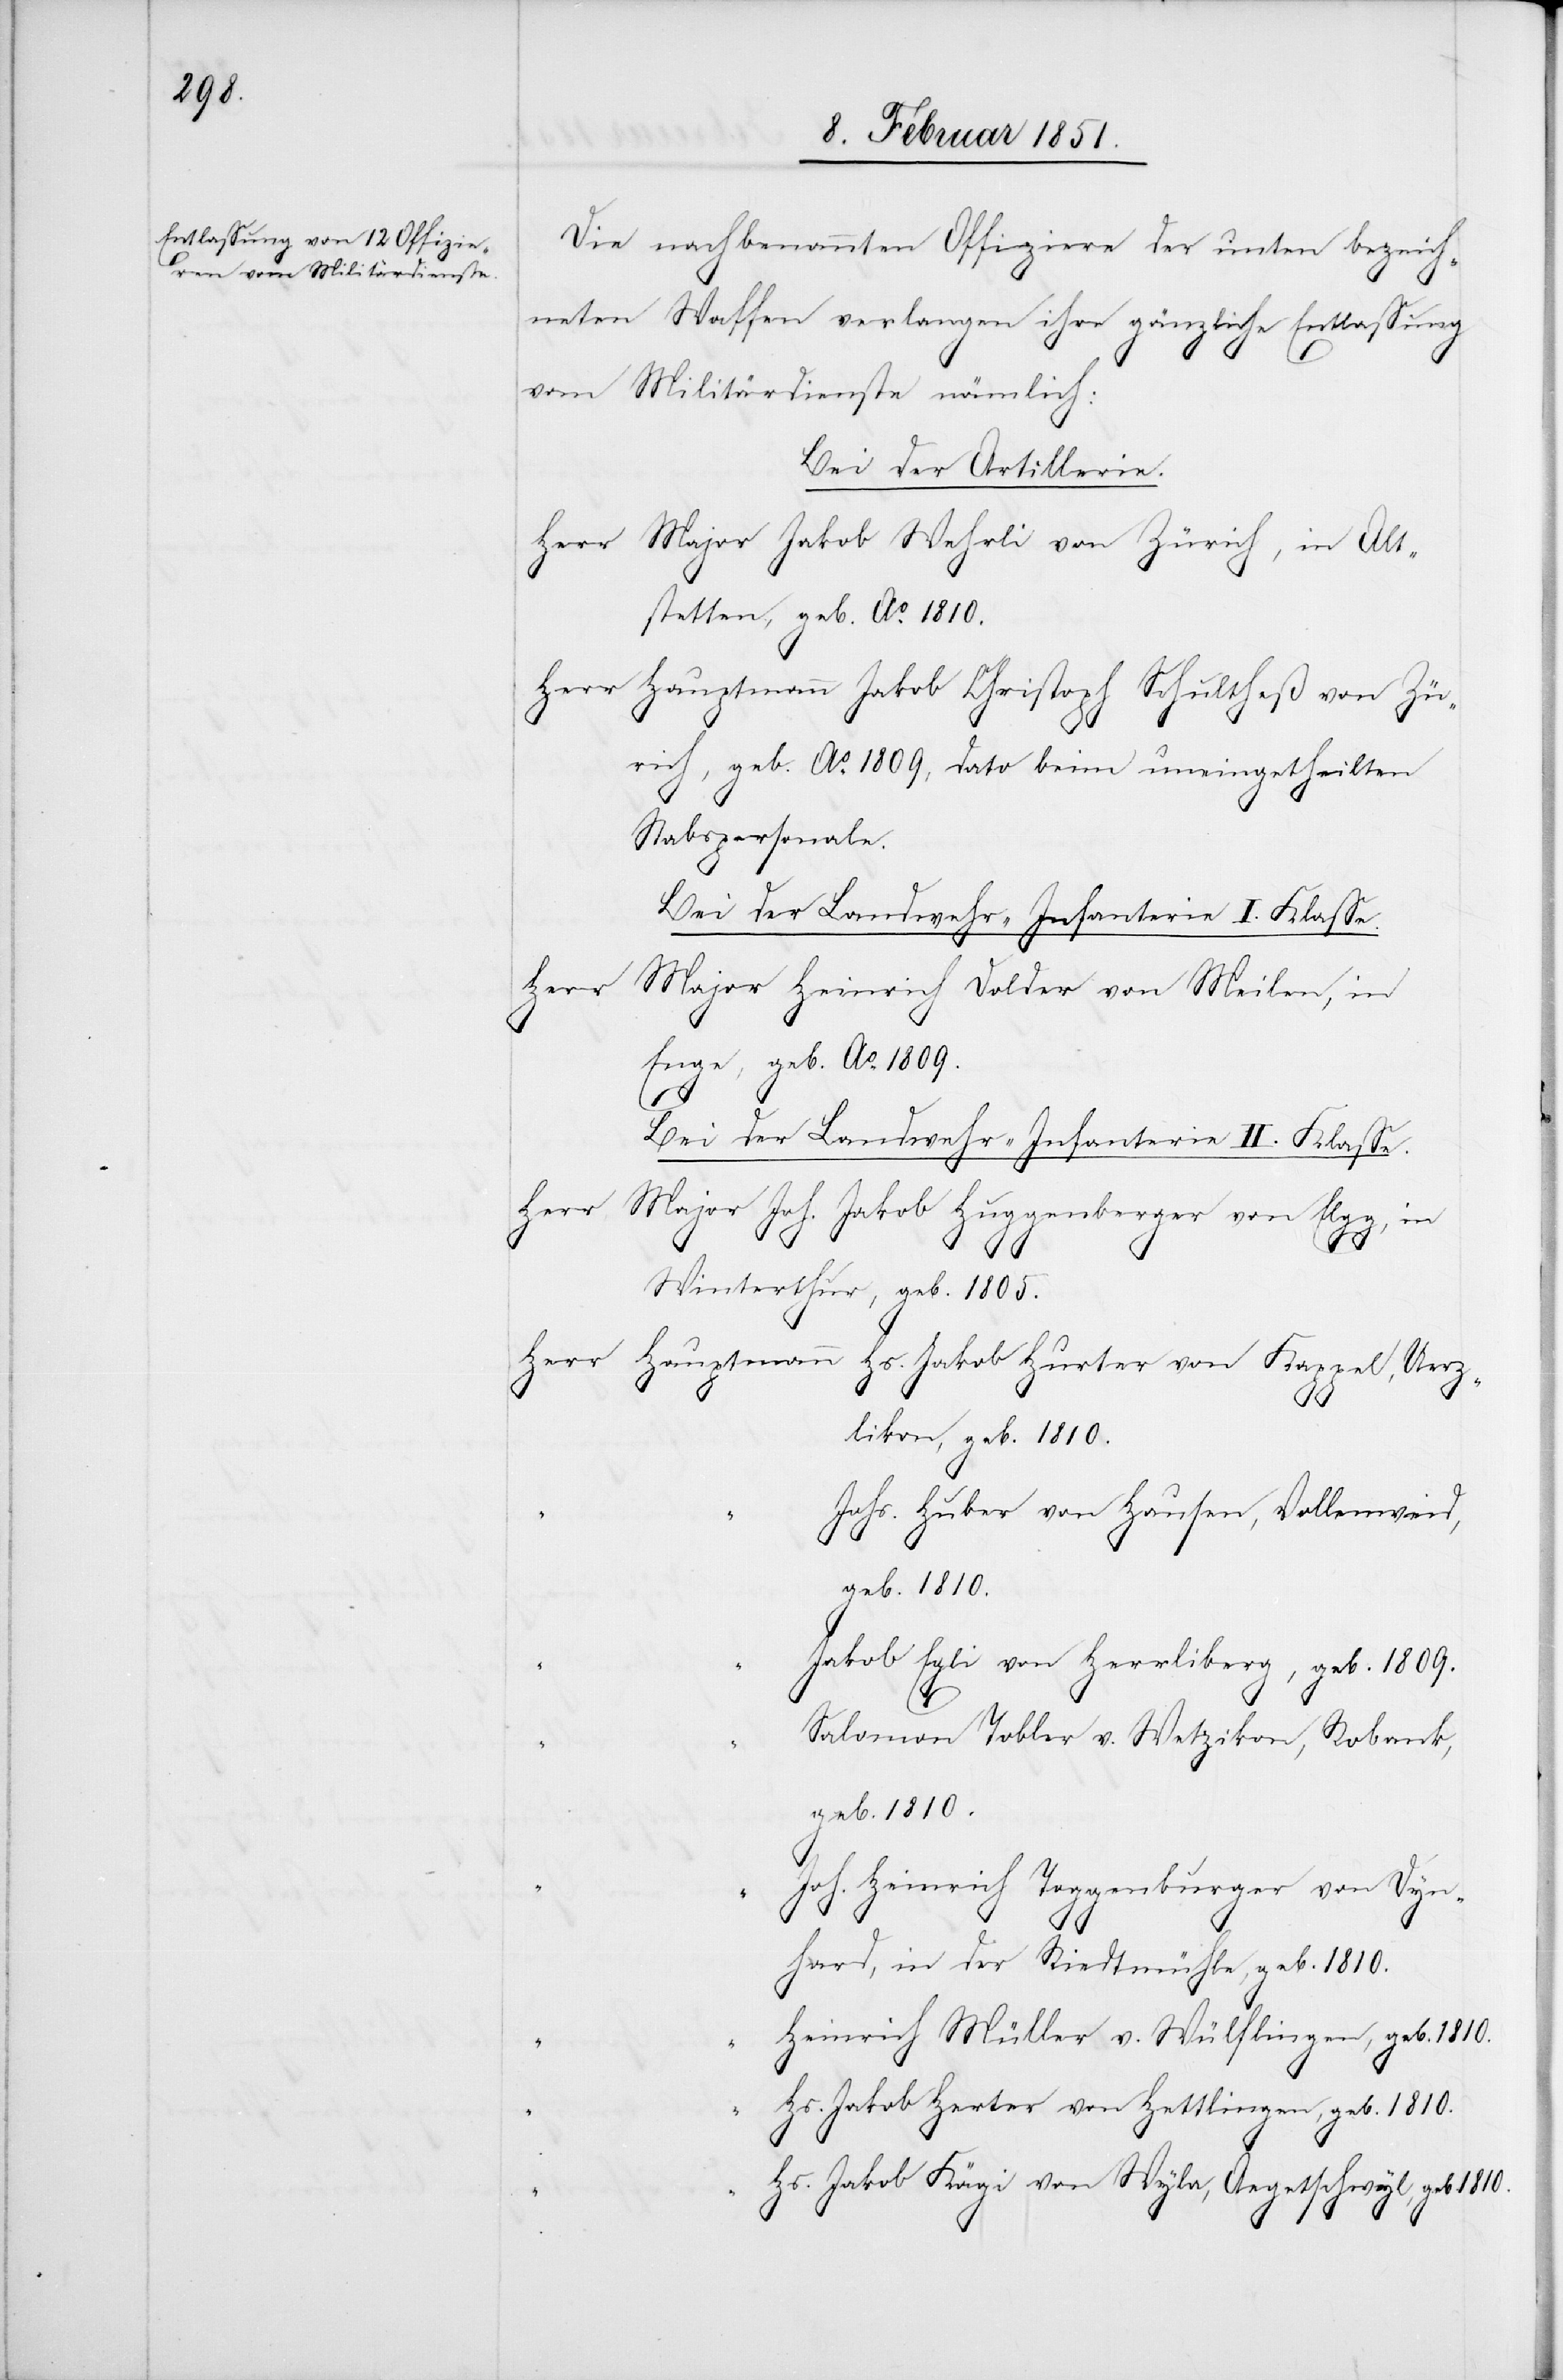
Die nachbenannten Offiziere der unten bezeich¬
neten Waffen verlangen ihre gänzliche Entlassung
vom Militärdienste nämlich:
Bei der Artillerie.
Major Jakob Wehrli von Zürich, in Alt¬
stetten, geb. Ao. 1810.
Hauptmann Jakob Christoph Schultheß von Zür¬
ich, geb. Ao. 1809, dato beim uneingetheilten
Stabspersonale.
Herr
Major Heinrich Dolder von Meilen, in
Enge, geb. Ao. 1809.
Bei der Landwehr-Infanterie II. Klasse.
Major Joh. Jakob Huggenberger von Elgg, in
Winterthur, geb. 1805.
zlikon, geb. 1810.
Johs. Huber von Hausen, Vollenweid,
geb. 1810.
Jakob Egli von Herrliberg, geb. 1809.
Salomon Tobler v. Wetzikon, Robank,
geb. 1810.
Joh. Heinrich Toggenburger von Dyn¬
Uer¬
hard, in der Riedtmühle, geb. 1810.
Heinrich Müller v. Wülflingen, geb. 1810.
Hs. Jakob Herter von Hettlingen, geb. 1810.
Hs. Jakob Kägi von Wyla, Aegetschwyl, geb. 1810.